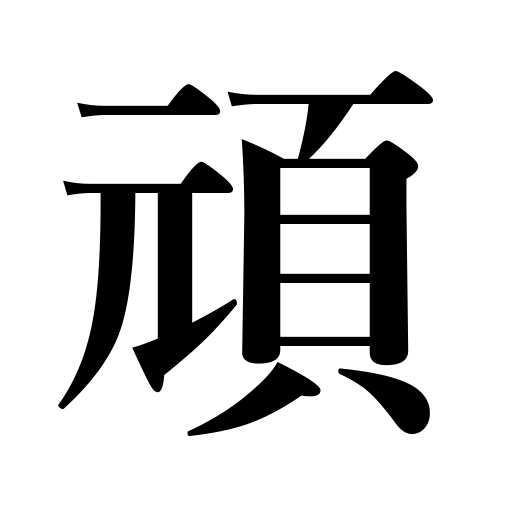
Meanings: foolish,stubborn